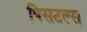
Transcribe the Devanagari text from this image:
पिसटल्स